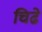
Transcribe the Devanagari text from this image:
चिढे